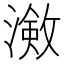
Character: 𭲠